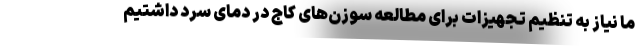
ما نیاز به تنظیم تجهیزات برای مطالعه سوزن‌های کاج در دمای سرد داشتیم